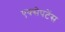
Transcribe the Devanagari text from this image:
एक्सेपटेंस